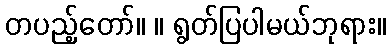
တပည့်တော်။ ။ ရွတ်ပြပါမယ်ဘုရား။